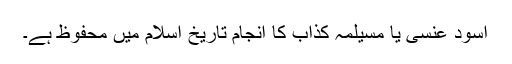
اسود عنسی یا مسیلمہ کذّاب کا انجام تاریخ اسلام میں محفوظ ہے۔